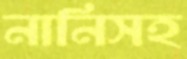
নানিসহ